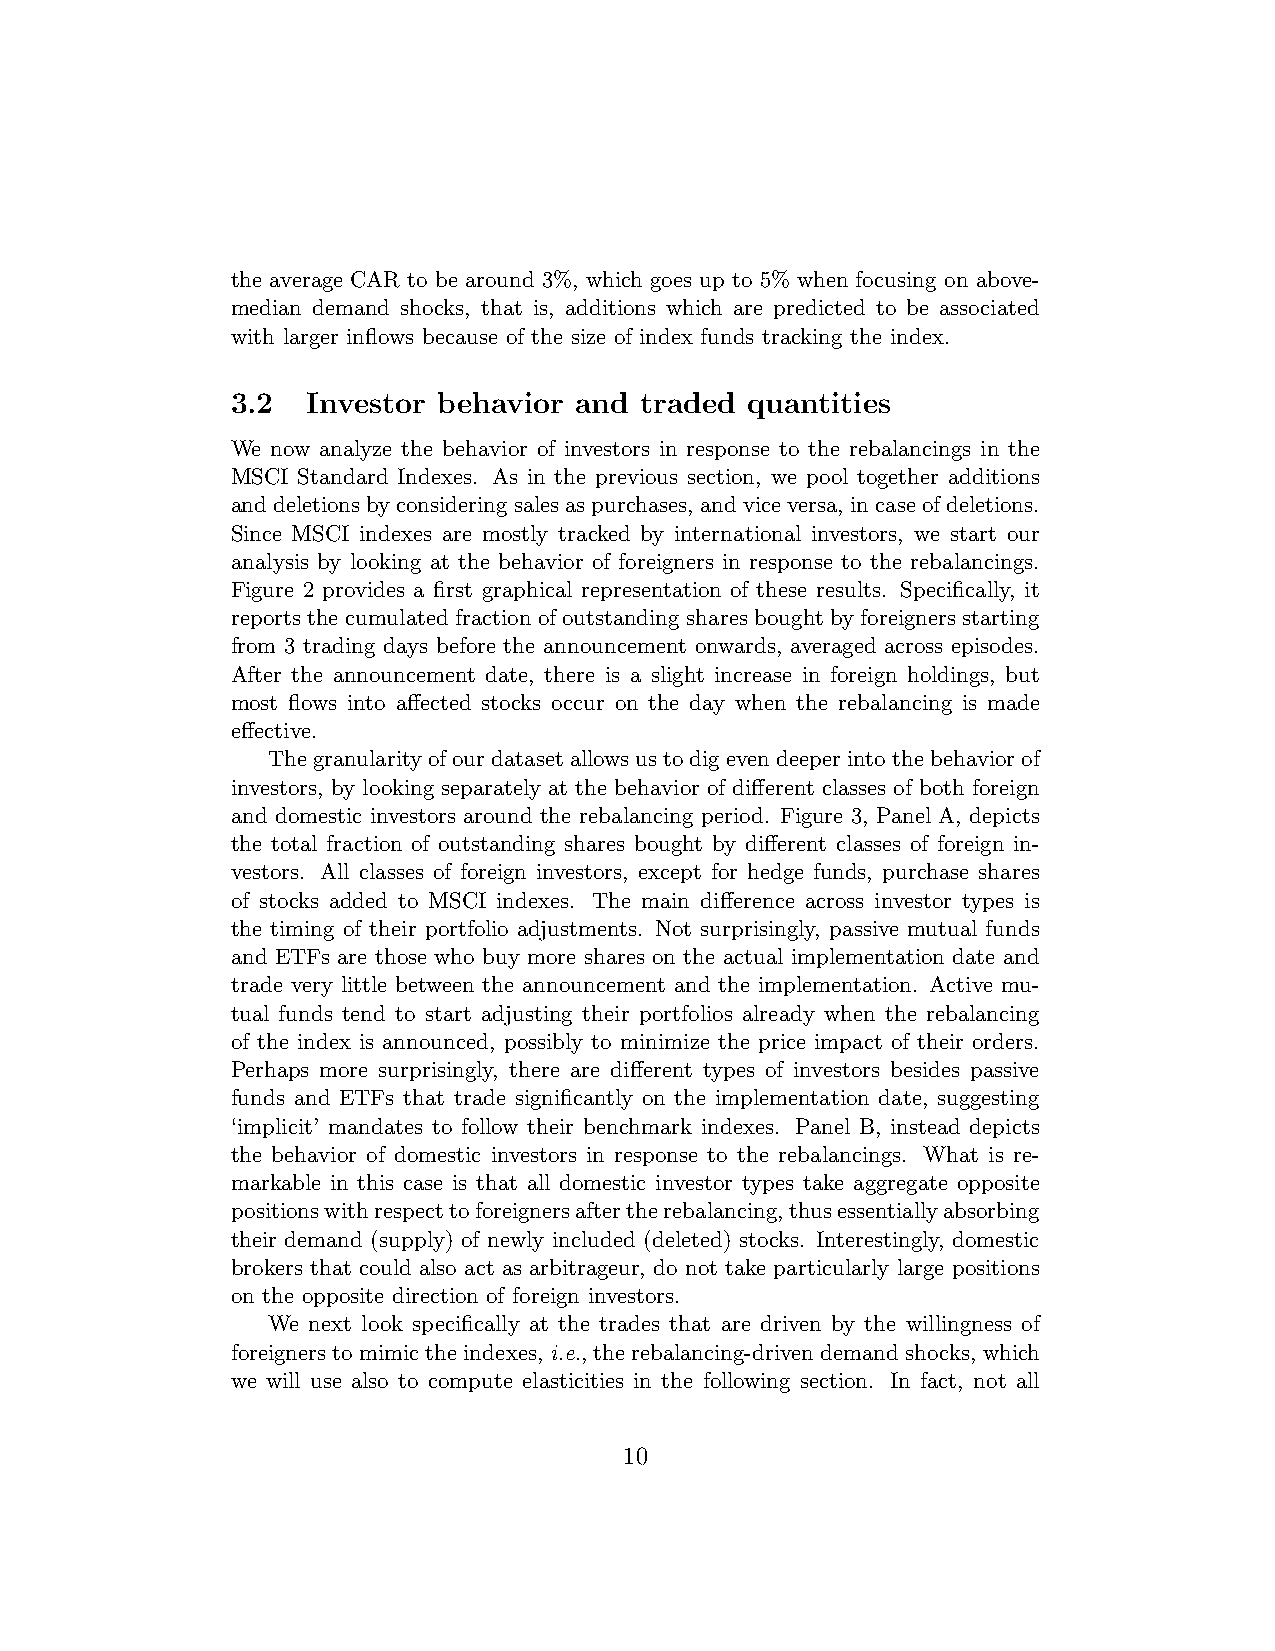
the average CAR to be around 3%, which goes up to 5% when focusing on above-
 median demand shocks, that is, additions which are predicted to be associated
 with larger inflows because of the size of index funds tracking the index.
 3.2  Investor behavior and traded  quantities
 We now analyze the behavior of investors in response to the rebalancings in the
 MSCI Standard Indexes. As in the previous section, we pool together additions
 anddeletionsbyconsideringsalesaspurchases, andviceversa, incaseofdeletions.
 Since MSCI indexes are mostly tracked by international investors, we start our
 analysis by looking at the behavior of foreigners in response to the rebalancings.
 Figure 2 provides a first graphical representation of these results. Specifically, it
 reports the cumulated fraction of outstanding shares bought by foreigners starting
 from 3 trading days before the announcement onwards, averaged across episodes.
 After the announcement date, there is a slight increase in foreign holdings, but
 most flows into affected stocks occur on the day when the rebalancing is made
 effective.
 Thegranularityofourdatasetallowsustodigevendeeperintothebehaviorof
 investors, by looking separately at the behavior of different classes of both foreign
 and domestic investors around the rebalancing period. Figure 3, Panel A, depicts
 the total fraction of outstanding shares bought by different classes of foreign in-
 vestors. All classes of foreign investors, except for hedge funds, purchase shares
 of stocks added to MSCI indexes. The main difference across investor types is
 the timing of their portfolio adjustments. Not surprisingly, passive mutual funds
 and ETFs are those who buy more shares on the actual implementation date and
 trade very little between the announcement and the implementation. Active mu-
 tual funds tend to start adjusting their portfolios already when the rebalancing
 of the index is announced, possibly to minimize the price impact of their orders.
 Perhaps more surprisingly, there are different types of investors besides passive
 funds and ETFs that trade significantly on the implementation date, suggesting
 ‘implicit’ mandates to follow their benchmark indexes. Panel B, instead depicts
 the behavior of domestic investors in response to the rebalancings. What is re-
 markable in this case is that all domestic investor types take aggregate opposite
 positionswithrespecttoforeignersaftertherebalancing,thusessentiallyabsorbing
 their demand (supply) of newly included (deleted) stocks. Interestingly, domestic
 brokers that could also act as arbitrageur, do not take particularly large positions
 on the opposite direction of foreign investors.
 We next look specifically at the trades that are driven by the willingness of
 foreigners to mimic the indexes, i.e., the rebalancing-driven demand shocks, which
 we will use also to compute elasticities in the following section. In fact, not all
 10